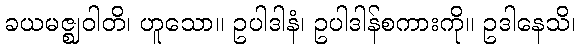
ခယမဇ္ဈဝါတိ၊ ဟူသော။ ဥပါဒါနံ၊ ဥပါဒါန်စကားကို။ ဥဒါနေသိ၊